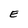
Character: E